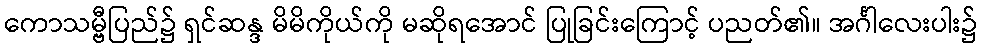
ကောသမ္ဗီပြည်၌ ရှင်ဆန္ဒ မိမိကိုယ်ကို မဆိုရအောင် ပြုခြင်းကြောင့် ပညတ်၏။ အင်္ဂါလေးပါး၌